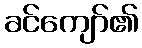
ခင်ကျော်၏